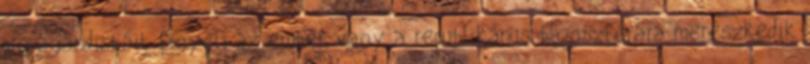
propagandistáit figyeli az ember, vagy a republikánus blogszférára merészkedik